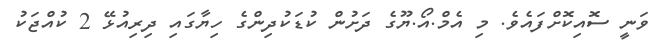
ވަނީ ސޮއިކޮށްފައެވެ. މި އެމް.އޯ.ޔޫގެ ދަށުން ކުޑަކުދިންގެ ހިޔާގައި ދިރިއުޅޭ 2 ކުއްޖަކު